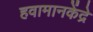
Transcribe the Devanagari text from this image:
हवामानकेंद्रे